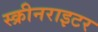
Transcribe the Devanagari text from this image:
स्क्रीनराइटर